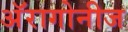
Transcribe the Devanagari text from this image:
अॅरागोनीज